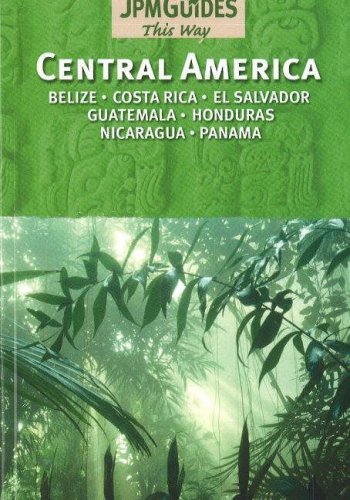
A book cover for Central America: Belize, Costa Rica, El Salvador, Guatemala, Honduras, Nicaragua, Panama; Jack Altman; Travel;